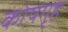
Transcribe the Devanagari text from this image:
कोषगृह